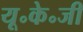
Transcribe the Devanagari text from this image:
यू॰के॰जी